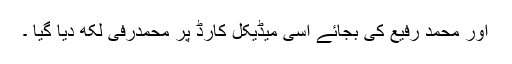
اور محمد رفیع کی بجائے اسی میڈیکل کارڈ پر محمدرفی لکھ دیا گیا ۔